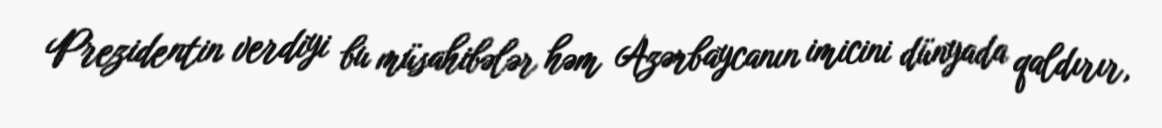
Prezidentin verdiyi bu müsahibələr həm Azərbaycanın imicini dünyada qaldırır,